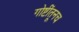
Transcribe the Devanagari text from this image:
गोष्टींतूनच